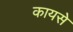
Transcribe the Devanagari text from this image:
कायसे